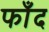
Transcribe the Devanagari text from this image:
फाँद